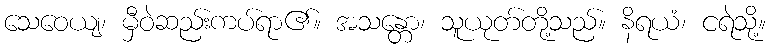
သေဝေယျ၊ မှီဝဲဆည်းကပ်ရာ၏။ အသန္တော၊ သူယုတ်တို့သည်။ နိရယံ၊ ငရဲသို့။